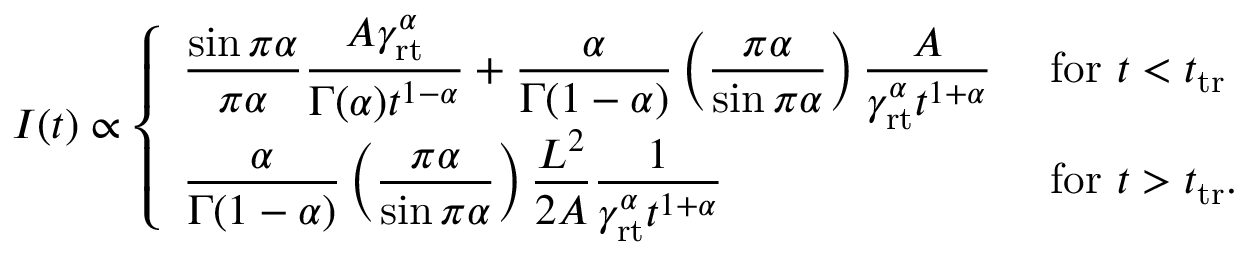
\begin{array} { r } { I ( t ) \propto \left\{ \begin{array} { l l } { \displaystyle \frac { \sin \pi \alpha } { \pi \alpha } \frac { A \gamma _ { \mathrm { r t } } ^ { \alpha } } { \Gamma ( \alpha ) t ^ { 1 - \alpha } } + \frac { \alpha } { \Gamma ( 1 - \alpha ) } \left( \frac { \pi \alpha } { \sin \pi \alpha } \right) \frac { A } { \gamma _ { \mathrm { r t } } ^ { \alpha } t ^ { 1 + \alpha } } } & { \mathrm { ~ f o r ~ } t < t _ { \mathrm { t r } } } \\ { \displaystyle \frac { \alpha } { \Gamma ( 1 - \alpha ) } \left( \frac { \pi \alpha } { \sin \pi \alpha } \right) \frac { L ^ { 2 } } { 2 A } \frac { 1 } { \gamma _ { \mathrm { r t } } ^ { \alpha } t ^ { 1 + \alpha } } } & { \mathrm { ~ f o r ~ } t > t _ { \mathrm { t r } } . } \end{array} \right. } \end{array}